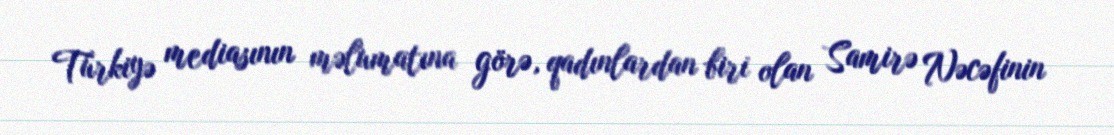
Türkiyə mediasının məlumatına görə, qadınlardan biri olan Samirə Nəcəfinin